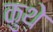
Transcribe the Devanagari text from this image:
कुथ़े